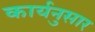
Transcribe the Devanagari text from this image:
कार्यनुसार